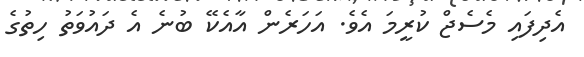
އެދިފައި މެސެޖް ކުރީމަ އެވެ. އަހަރެން އާއެކޭ ބުނެ އެ ދައުވަތު ހިތުގެ